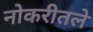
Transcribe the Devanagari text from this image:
नोकरीतले